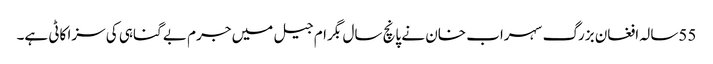
55سالہ افغان بزرگ سہراب خان نے پانچ سال بگرام جیل میں جرم بے گناہی کی سزا کاٹی ہے۔